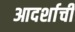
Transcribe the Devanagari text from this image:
आदर्शाची